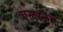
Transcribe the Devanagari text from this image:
एलरजेंस